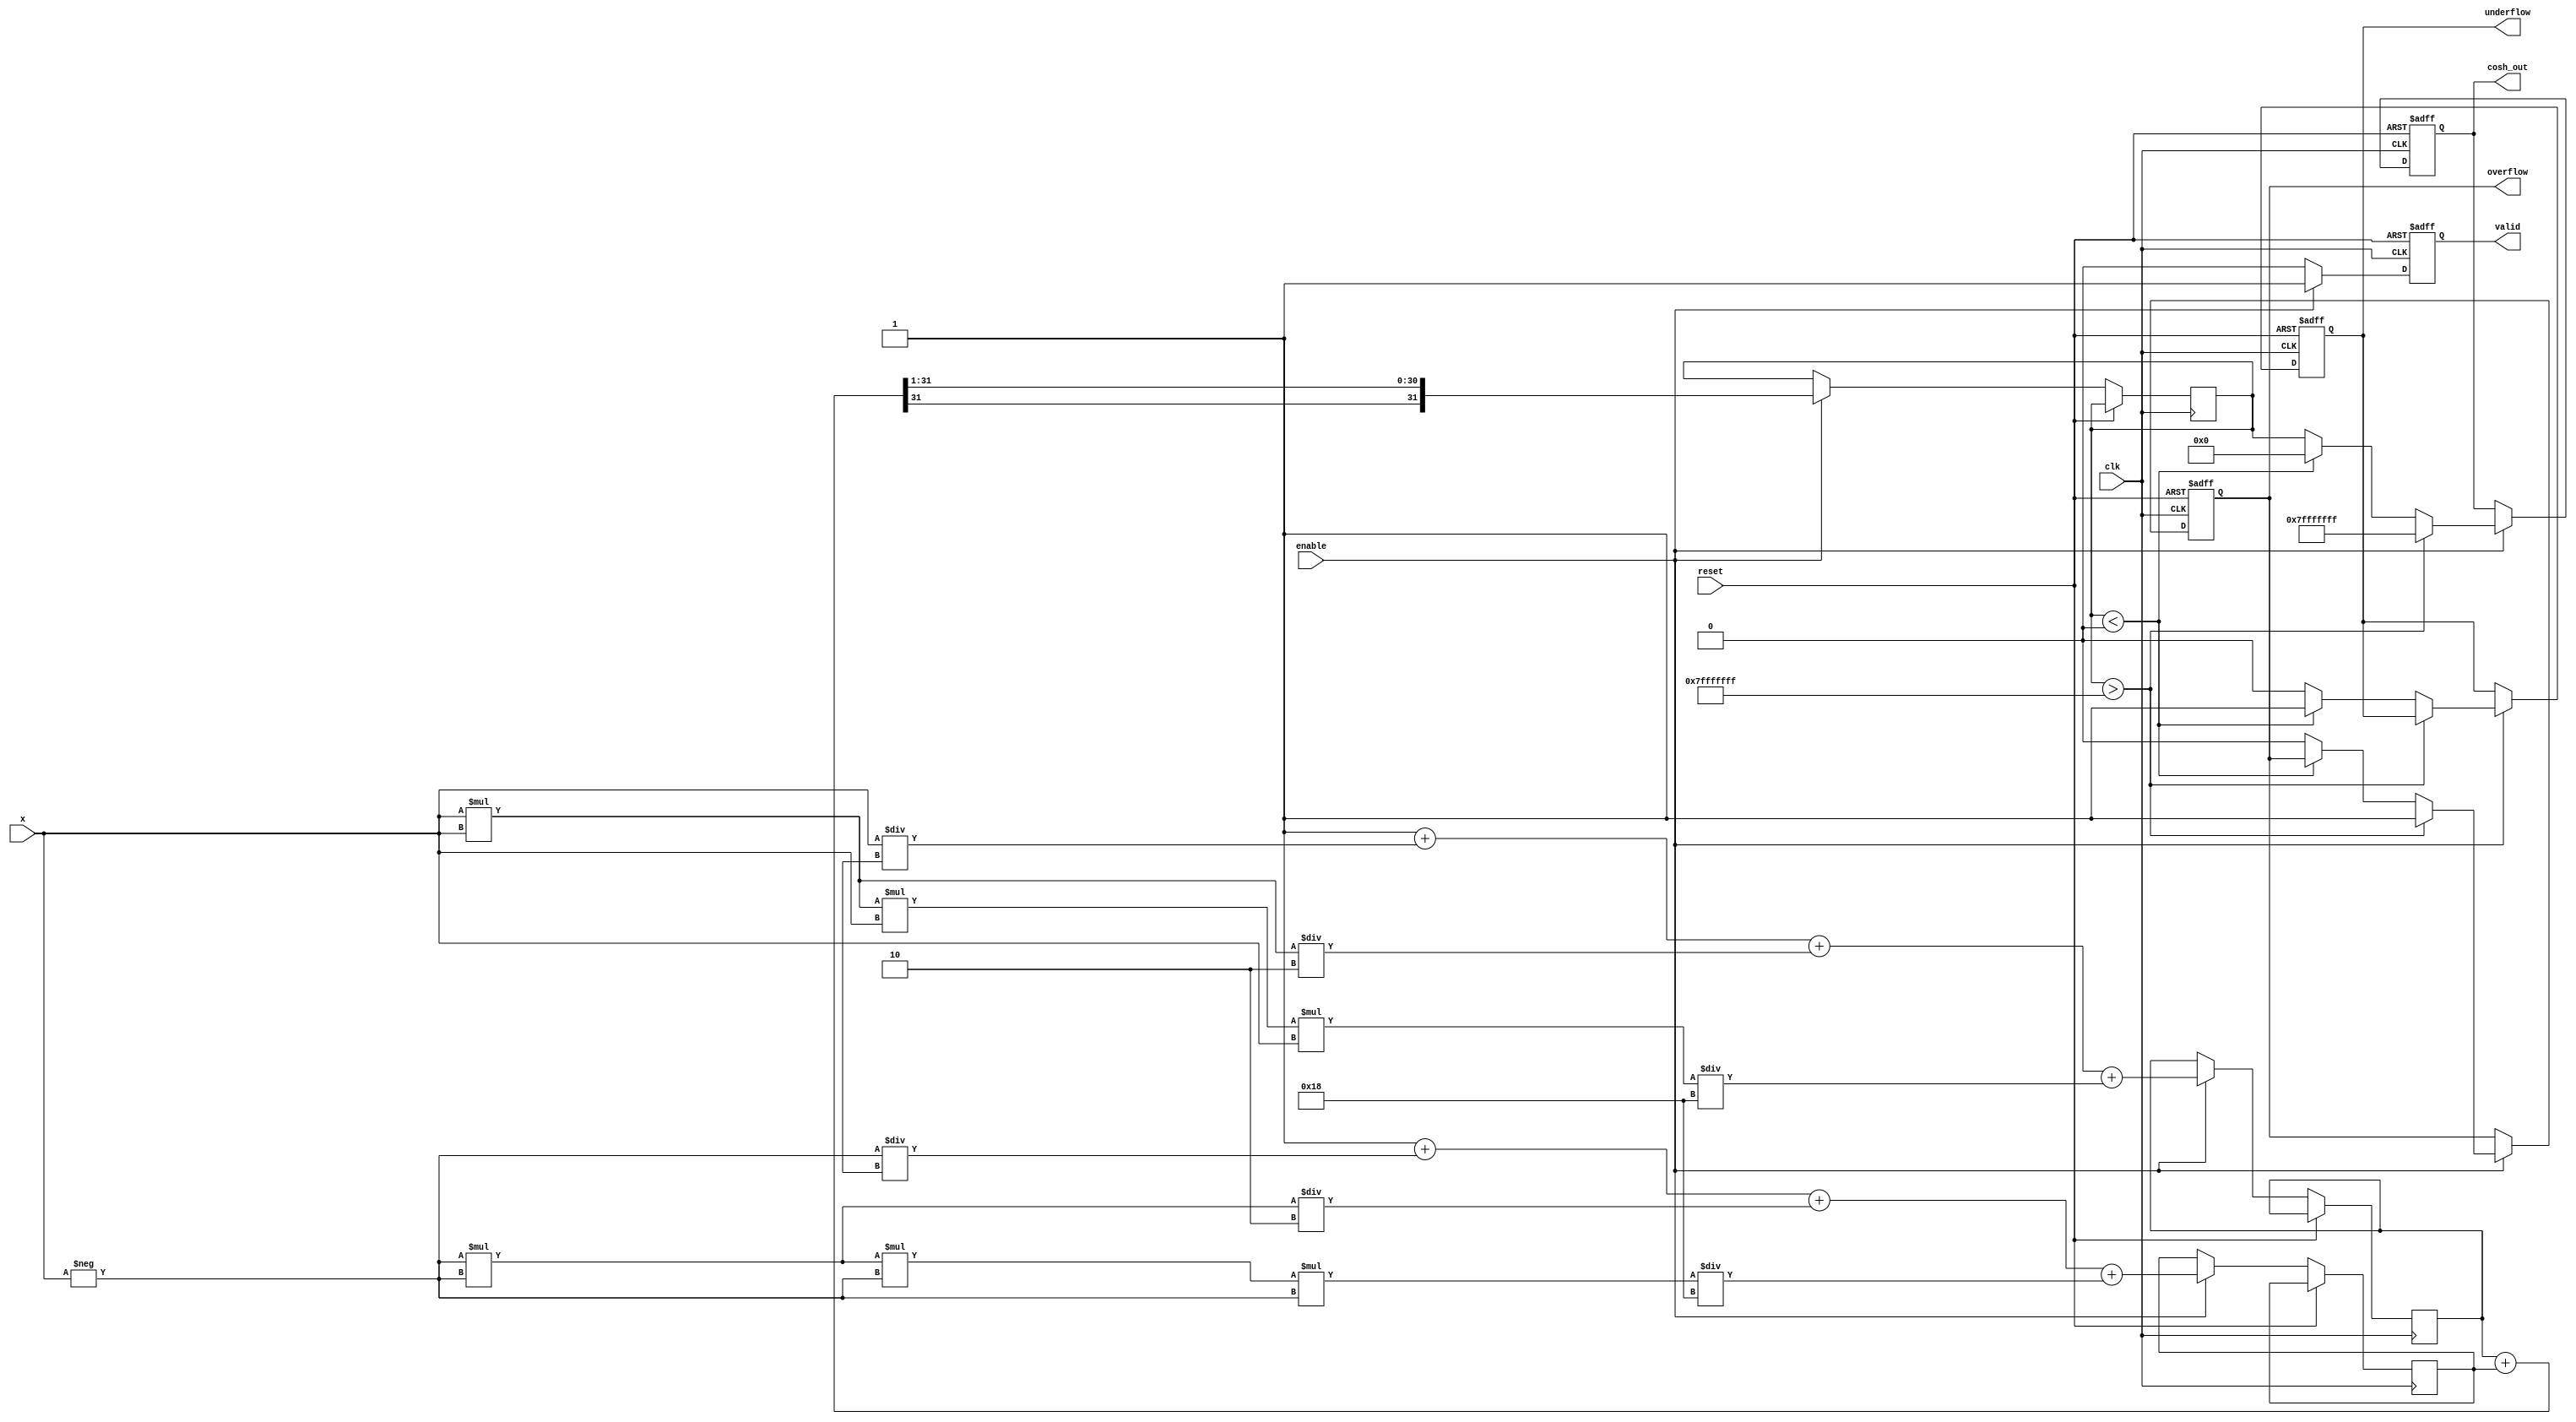
module hyperbolic_cosh #(
    parameter WIDTH = 32 // Configurable width for input and output
)(
    input wire clk,
    input wire reset,
    input wire enable,
    input wire signed [WIDTH-1:0] x, // Input signal
    output reg signed [WIDTH-1:0] cosh_out, // Output signal
    output reg valid, // Output valid signal
    output reg overflow, // Overflow flag
    output reg underflow // Underflow flag
);

    // Internal signals
    reg signed [WIDTH-1:0] exp_x;
    reg signed [WIDTH-1:0] exp_neg_x;
    reg signed [WIDTH-1:0] temp_cosh;

    // Constants for Taylor series approximation
    localparam signed [WIDTH-1:0] FACTORIAL_0 = 1;
    localparam signed [WIDTH-1:0] FACTORIAL_2 = 2;
    localparam signed [WIDTH-1:0] FACTORIAL_4 = 24;

    // Compute e^x using Taylor series expansion
    function signed [WIDTH-1:0] exp_taylor(input signed [WIDTH-1:0] x);
        begin
            exp_taylor = 1 + x / FACTORIAL_1 + (x * x) / FACTORIAL_2 + (x * x * x * x) / FACTORIAL_4;
        end
    endfunction

    // Compute cosh(x) = (e^x + e^(-x)) / 2
    always @(posedge clk or posedge reset) begin
        if (reset) begin
            cosh_out <= 0;
            valid <= 0;
            overflow <= 0;
            underflow <= 0;
        end else if (enable) begin
            // Calculate e^x and e^(-x)
            exp_x <= exp_taylor(x);
            exp_neg_x <= exp_taylor(-x);

            // Compute cosh(x)
            temp_cosh <= (exp_x + exp_neg_x) >>> 1; // Right shift for division by 2

            // Check for overflow/underflow
            if (temp_cosh > {1'b0, {WIDTH-1{1'b1}}}) begin
                overflow <= 1;
                cosh_out <= {1'b0, {WIDTH-1{1'b1}}}; // Saturate to max value
            end else if (temp_cosh < 0) begin
                underflow <= 1;
                cosh_out <= 0; // Saturate to 0
            end else begin
                overflow <= 0;
                underflow <= 0;
                cosh_out <= temp_cosh;
            end

            valid <= 1; // Output is valid
        end else begin
            valid <= 0; // Output is not valid when not enabled
        end
    end
endmodule